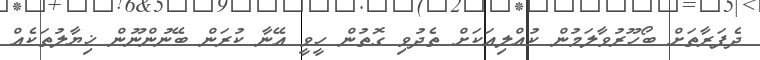
ދެފަރާތަށް ބޯހޫރުވާލަމުން ކުއްލިއަކަށް ތެދުވި ގޮތުން ހީވީ އޭނާ ކުރަން ބޭނުންނޫން ޚިޔާލުތަކެއް